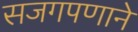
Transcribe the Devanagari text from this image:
सजगपणाने